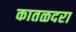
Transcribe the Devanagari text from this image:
कातळदरा